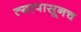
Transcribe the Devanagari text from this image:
त्यापासूनच